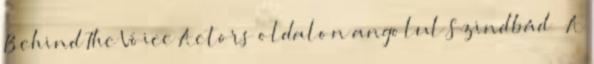
Behind The Voice Actors oldalon angolul Szindbád – A